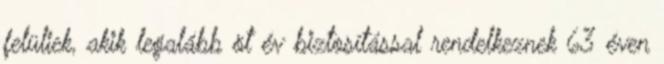
felüliek, akik legalább öt év biztosítással rendelkeznek 63 éven